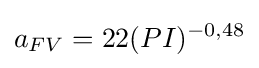
a_{FV}=22(PI)^{-0,48}